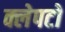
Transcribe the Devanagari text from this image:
क्लेपटो